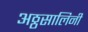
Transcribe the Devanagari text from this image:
अठ्ठसालिनी